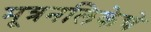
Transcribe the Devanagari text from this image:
मूत्रनलिकेचे